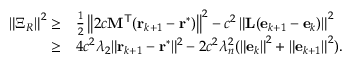
\begin{array} { r l } { \left\| \Xi _ { R } \right\| ^ { 2 } \geq } & { \frac { 1 } { 2 } \left\| 2 c \mathbf { M } ^ { \mathsf { T } } ( \mathbf { r } _ { k + 1 } - \mathbf { r } ^ { \ast } ) \right\| ^ { 2 } - c ^ { 2 } \left\| \mathbf { L } ( \mathbf { e } _ { k + 1 } - \mathbf { e } _ { k } ) \right\| ^ { 2 } } \\ { \geq } & { 4 c ^ { 2 } \lambda _ { 2 } \| \mathbf { r } _ { k + 1 } - \mathbf { r } ^ { \ast } \| ^ { 2 } - 2 c ^ { 2 } \lambda _ { n } ^ { 2 } ( \left\| \mathbf { e } _ { k } \right\| ^ { 2 } + \left\| \mathbf { e } _ { k + 1 } \right\| ^ { 2 } ) . } \end{array}